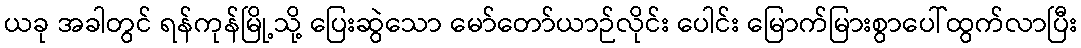
ယခု အခါတွင် ရန်ကုန်မြို့သို့ ပြေးဆွဲသော မော်တော်ယာဉ်လိုင်း ပေါင်း မြောက်မြားစွာပေါ်ထွက်လာပြီး